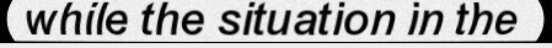
while the situation in the